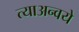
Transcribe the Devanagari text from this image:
त्याअन्वये